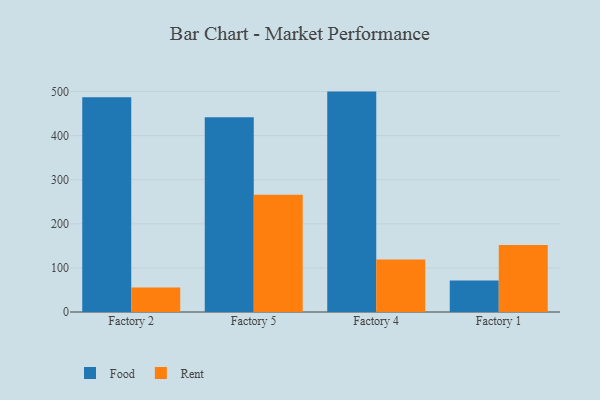
{"axis": {"x": "Factory", "y": "LTV (USD)"}, "legend": ["Food", "Rent"], "data": [{"x": "Factory 2", "y": 486.9, "type": "Food"}, {"x": "Factory 2", "y": 55.3, "type": "Rent"}, {"x": "Factory 5", "y": 441.7, "type": "Food"}, {"x": "Factory 5", "y": 265.7, "type": "Rent"}, {"x": "Factory 4", "y": 499.9, "type": "Food"}, {"x": "Factory 4", "y": 118.8, "type": "Rent"}, {"x": "Factory 1", "y": 71.3, "type": "Food"}, {"x": "Factory 1", "y": 151.9, "type": "Rent"}]}